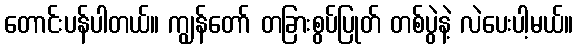
တောင်းပန်ပါတယ်။ ကျွန်တော် တခြားစွပ်ပြုတ် တစ်ပွဲနဲ့ လဲပေးပါ့မယ်။